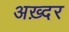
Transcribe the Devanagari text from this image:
अख़्दर